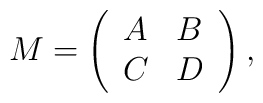
M= \left( \begin{array}{ll}             A  &  B \\             C  &  D            \end{array}\right),